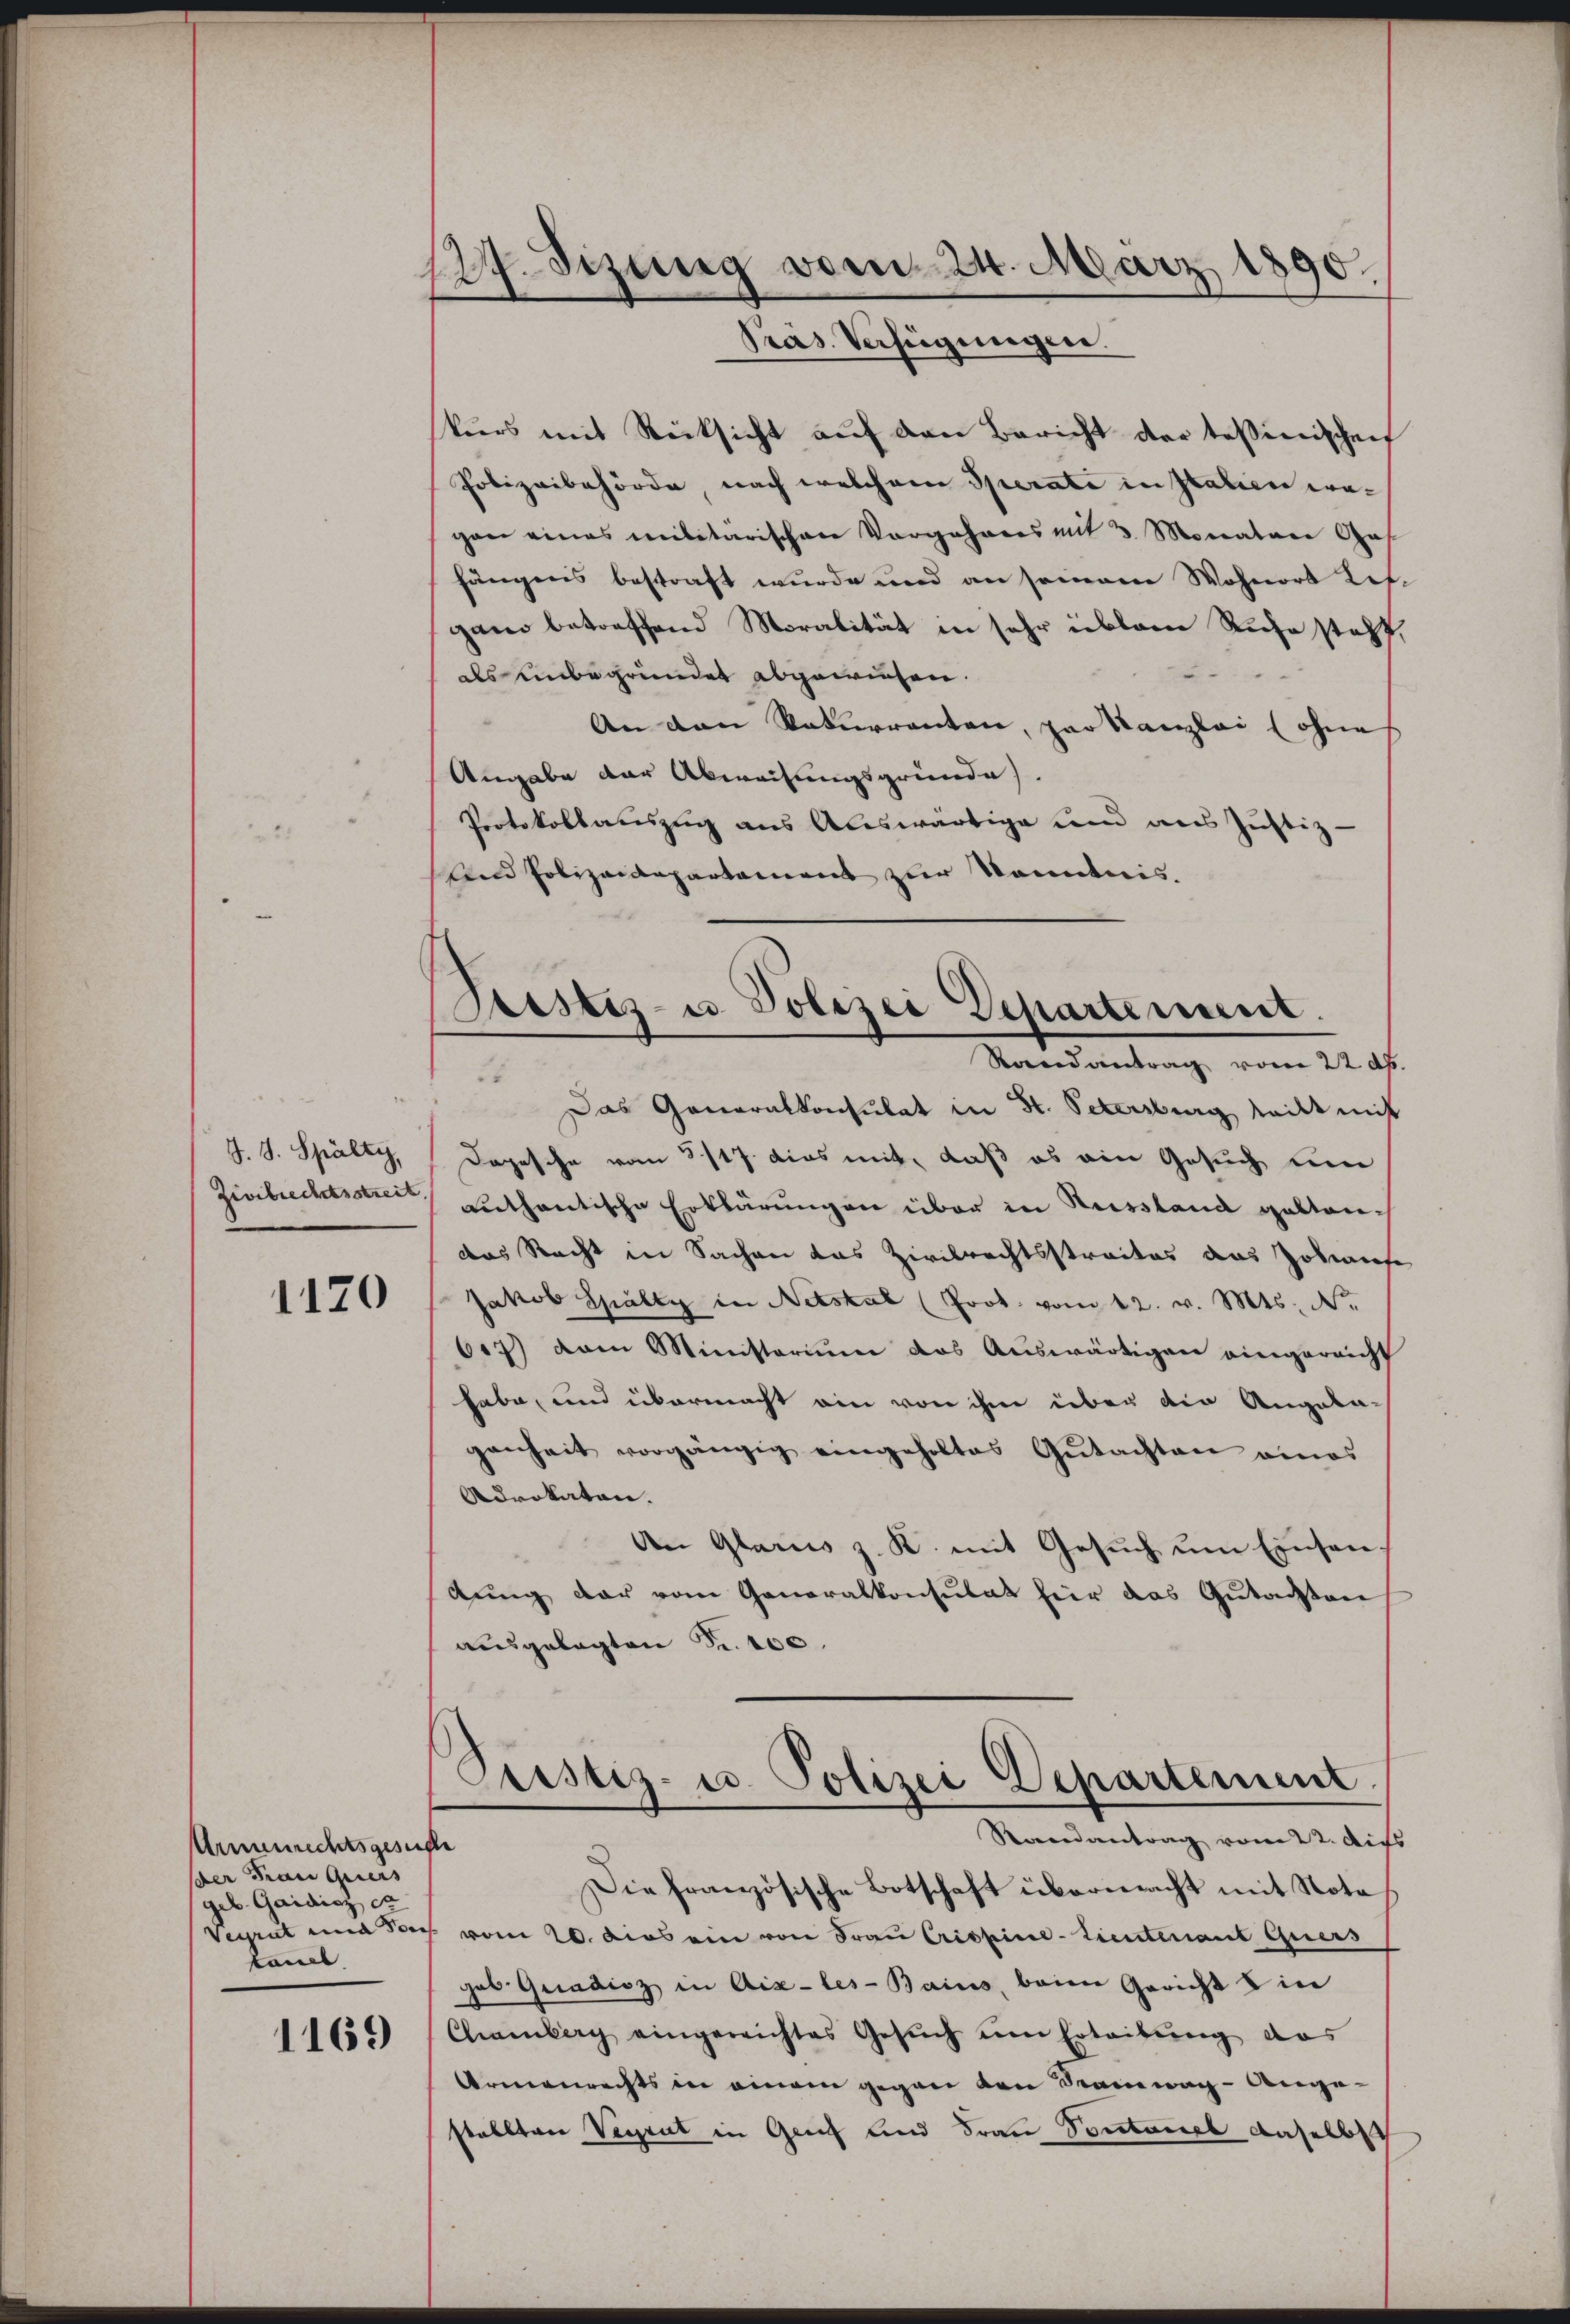
J. J. Spälty,
Zivilrechtsstreit

1120

Armenrechtsgesuchte
der Frau Geers
(geb. Guidiez ce
kanl

1169

12. Sizung vom 24. März 1890.
Pras. Verfügungen.

Prustiz- u Polizei Departement.
Randantrag vom 22. ds.

kurs mit Rücksicht auf den Bericht der tessinischen
Polizeibehörde, nach welchem Sperate in Italien wegan eines militärischen Vorgehrens mit 3 Monatare Gas
fängens bestraft wurde und an seinem Wohnort Lefgand betreffend Moralität in sehr üblen Ruhe steht,
als unbegründet abgewiesen.
An den Naturrenten, par Kanzlei (ohne
Angabe der Abweisungsgründe.
Protokollauszug aus Auswärtige und aus Justiz-
Und Polizeidepartament zur Kemnis.

55
Das Generalkonsulat in St. Petersburg teilt mit
Dopesche vom 3117. Das mit, daß es ein Gesuch um
authentische Erklärungen über in Weissland geltendas Recht in Sachen das Zivilrechtsstraites aus Zohaufe
Jakob Spälty in Netskal (Prot. vom 12. v. Mts. No.
617) am Ministerium das Auswärtigen eingereicht
habe, und übermacht ein von ihm über die Angela-
genheit vorgängig eingeholtes Gŭtachten eines
Adrokaten.
An Glarus z. K. mit Gesuch um Einsanbŭng der vom Generalkonsulat für das Gŭtachten
ausgelegten S. 100.

Piustiz- u. Polizei Departement.
Raandantrag vom 22. Auss
Die französische Botschaft übermacht mit Note

Vegrut und Jos. vom 20. dies ein von Fraŭ Cristine-Lieutenant Guers
geb. Gradisz in Aix-les-Bains, beim Gericht & in
Chamberg eingereichtes Gesuch um Erteilung das
Armenrechts in einem gegen den Samnag-Angestallten Verrat in Genf und Frau Sontanel daselb